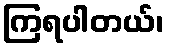
ကြရပါတယ်၊